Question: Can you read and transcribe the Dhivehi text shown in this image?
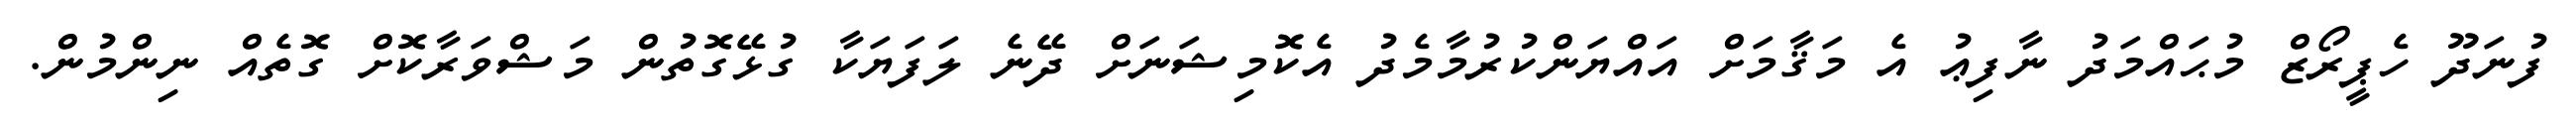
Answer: ފުނަދޫ ހެޕީރޯޒް މުޙައްމަދު ނާފިޢު އެ މަޤާމަށް އައްޔަންކުރުމާމެދު އެކޮމިޝަނަށް ދޭނެ ލަފަޔަކާ ގުޅޭގޮތުން މަޝްވަރާކޮށް ގޮތެއް ނިންމުން.